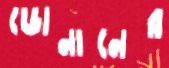
ডোনানের